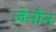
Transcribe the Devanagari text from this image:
ज़ेनौन